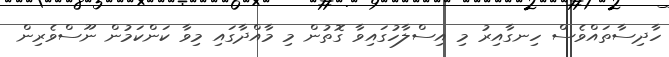
ހާދިސާތައްވެސް ހިނގާއިރު މި އިސްލާހުގައިވާ ގޮތުން މި މާއްދާގައި މިވާ ކަންކަމުން ނޫސްވެރިން